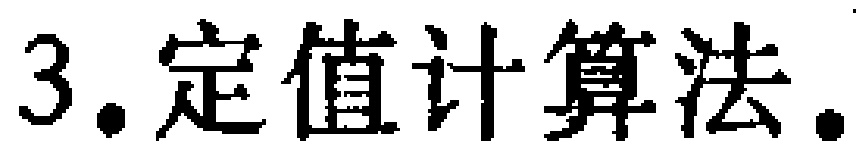
3. 定值计算法.